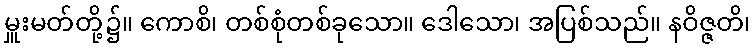
မှူးမတ်တို့၌။ ကောစိ၊ တစ်စုံတစ်ခုသော။ ဒေါသော၊ အပြစ်သည်။ နဝိဇ္ဇတိ၊